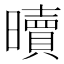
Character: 𣋺